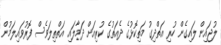
ލުޖައިން ލައިގެން ހުރި އަތްދިގު މަތިކޮޅުގެ ދެއަތުގެ ކުރިއަށް ދަމާލައި އަތްތިލަވެސް ފޮރުވައިލަމުން